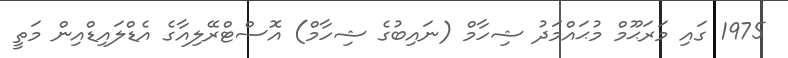
1975 ގައި މަރަޙޫމް މުޙައްމަދު ޝިހާމް (ނައިބުގެ ޝިހާމް) އޮސްޓްރޭލިއާގެ އެޑްލައިޑްއިން މަތީ